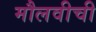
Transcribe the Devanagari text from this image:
मौलवीची